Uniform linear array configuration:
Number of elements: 12
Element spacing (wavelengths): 0.5
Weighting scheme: hann
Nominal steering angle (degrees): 0
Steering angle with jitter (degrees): -0.6034
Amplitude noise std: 0.05
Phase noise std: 0.05

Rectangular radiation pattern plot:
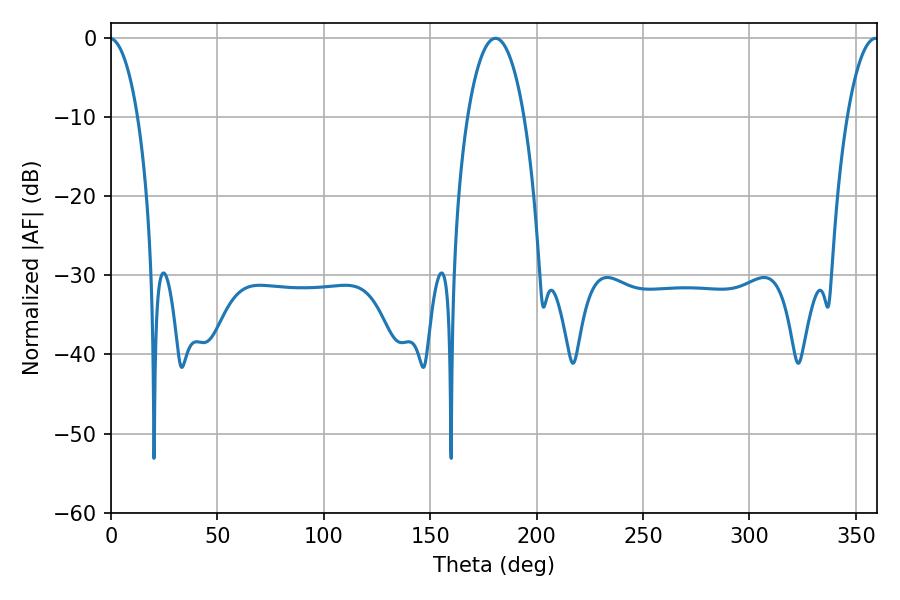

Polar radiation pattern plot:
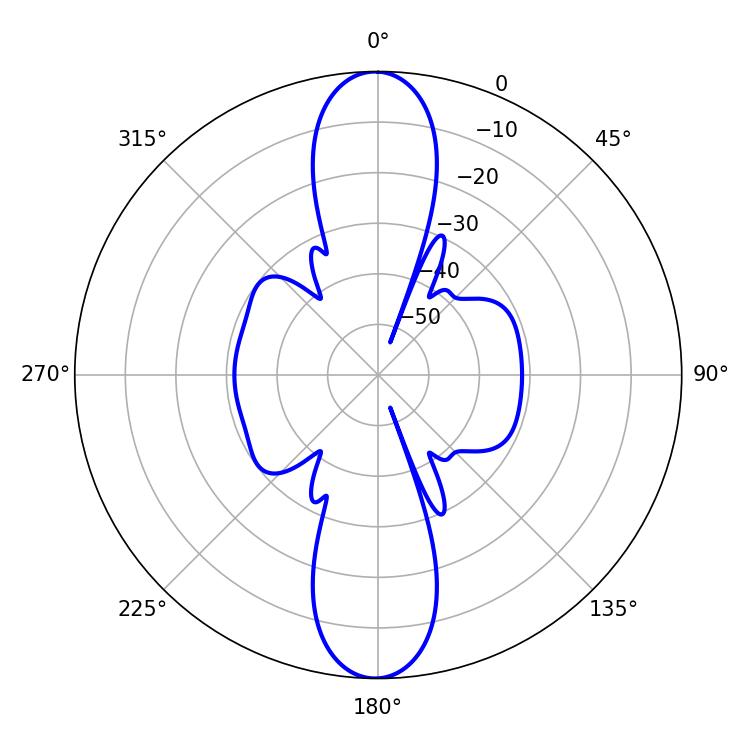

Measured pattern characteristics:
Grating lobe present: FALSE
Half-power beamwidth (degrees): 14.94
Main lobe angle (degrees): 180.72